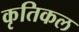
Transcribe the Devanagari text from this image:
कृतिकल